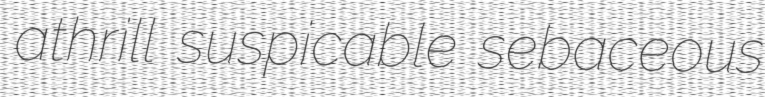
athrill suspicable sebaceous